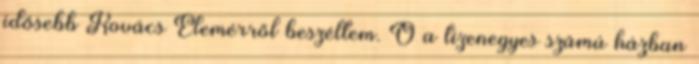
idősebb Kovács Elemérről beszéltem. Ő a tizenegyes számú házban